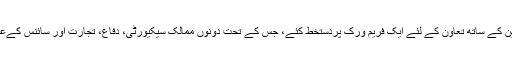
وزیراعظم گیلانی نے اپنے اس دورے کے دوران اسپین کے ساتھ تعاون کے لئے ایک فریم ورک پردستخط کئے، جس کے تحت دونوں ممالک سیکیورٹی، دفاع، تجارت اور سائنس کےعلاوہ ثقافت اور کئی دیگر معاملات پرتعاون کریں گے۔